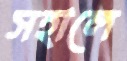
সহালে